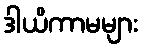
ဒါယိကာမများ